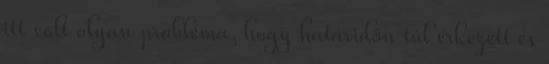
itt volt olyan probléma, hogy határidőn túl érkezett és